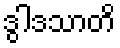
ဒွါဒသာတိ